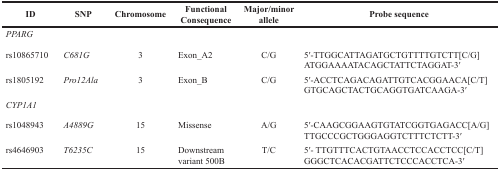
<table><thead><tr><td><b>ID</b></td><td><b>SNP</b></td><td><b>Chromosome</b></td><td><b>Functional Consequence</b></td><td><b>Major/minor allele</b></td><td><b>Probe sequence</b></td></tr></thead><tbody><tr><td><i>PPARG</i></td><td></td><td></td><td></td><td></td><td></td></tr><tr><td>rs10865710</td><td><i>C681G</i></td><td>3</td><td>Exon_A2</td><td>C/G</td><td>5′-TTGGCATTAGATGCTGTTTTGTCTT[C/G] ATGGAAAATACAGCTATTCTAGGAT-3′</td></tr><tr><td>rs1805192</td><td><i>Pro12Ala</i></td><td>3</td><td>Exon_B</td><td>C/G</td><td>5′-ACCTCAGACAGATTGTCACGGAACA[C/T] GTGCAGCTACTGCAGGTGATCAAGA-3′</td></tr><tr><td><i>CYP1A1</i></td><td></td><td></td><td></td><td></td><td></td></tr><tr><td>rs1048943</td><td><i>A4889G</i></td><td>15</td><td>Missense</td><td>A/G</td><td>5′-CAAGCGGAAGTGTATCGGTGAGACC[A/G] TTGCCCGCTGGGAGGTCTTTCTCTT-3′</td></tr><tr><td>rs4646903</td><td><i>T6235C</i></td><td>15</td><td>Downstream variant 500B</td><td>T/C</td><td>5′- TTGTTTCACTGTAACCTCCACCTCC[C/T] GGGCTCACACGATTCTCCCACCTCA-3′</td></tr></tbody></table>